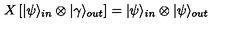
X \left[ | \psi \rangle _ { i n } \otimes | \gamma \rangle _ { o u t } \right] = | \psi \rangle _ { i n } \otimes | \psi \rangle _ { o u t }